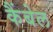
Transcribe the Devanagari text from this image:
कैंबेल